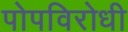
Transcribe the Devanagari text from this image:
पोपविरोधी